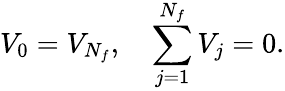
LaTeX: V_{0}=V_{N_{f}},\quad\sum_{j=1}^{N_{f}}V_{j}=0.